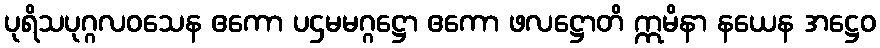
ပုရိသပုဂ္ဂလဝသေန ဧကော ပဌမမဂ္ဂဋ္ဌော ဧကော ဖလဋ္ဌောတိ ဣမိနာ နယေန အဋ္ဌေဝ